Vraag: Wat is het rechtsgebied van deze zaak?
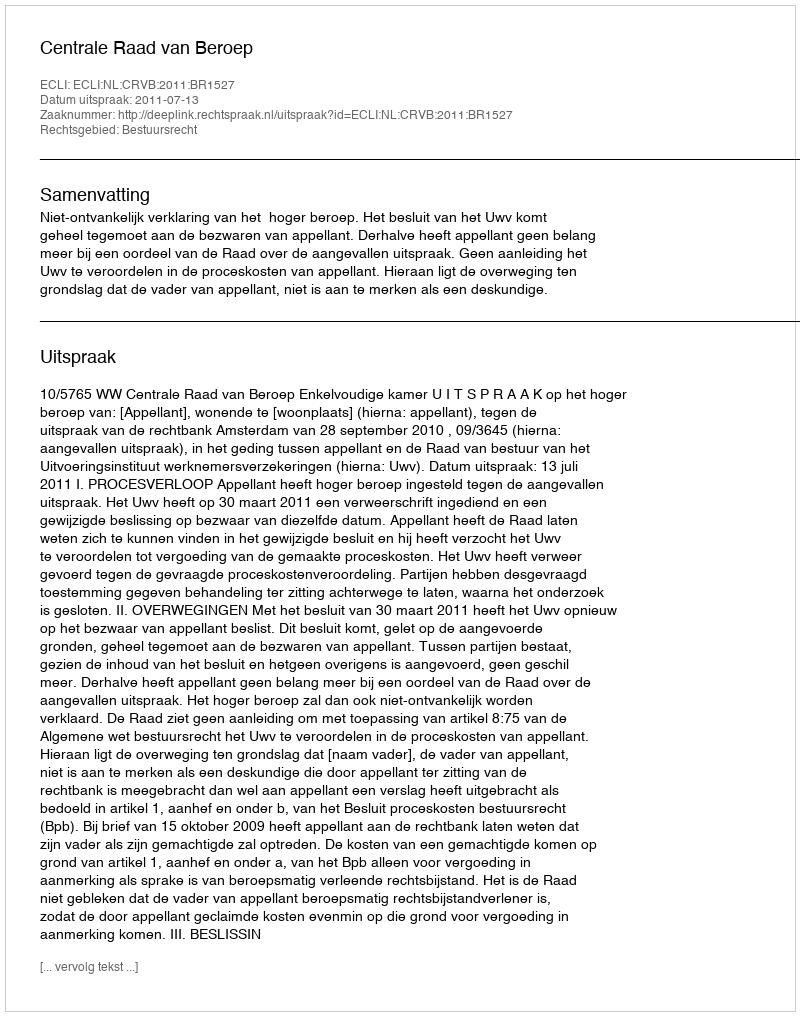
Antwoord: Bestuursrecht